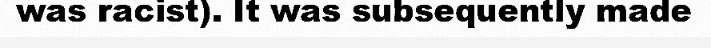
was racist). It was subsequently made